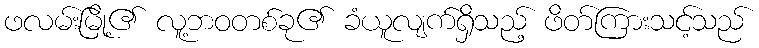
ဖလမ်းမြို့၏ လူ့ဘဝတစ်ခု၏ ခံယူလျက်ရှိသည့် ဖိတ်ကြားသင့်သည်